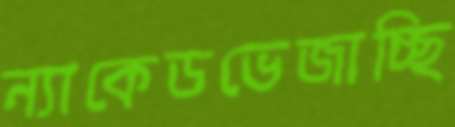
ন্যাকেডভেজাচ্ছি